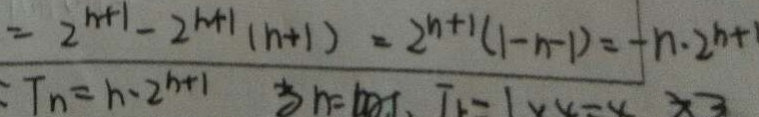
= \frac { 2 ^ { n + 1 } - 2 ^ { n + 1 } ( n + 1 ) } { 7 ^ { n } } = 2 ^ { n + 1 } ( 1 - n - 1 ) = - n \cdot 2 ^ { n + 1 }